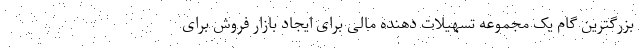
بزرگترین گام یک مجموعه تسهیلات دهنده مالی برای ایجاد بازار فروش برای